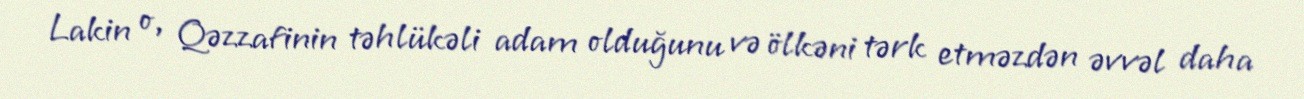
Lakin o, Qəzzafinin təhlükəli adam olduğunu və ölkəni tərk etməzdən əvvəl daha